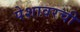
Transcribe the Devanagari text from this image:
पेशावरची